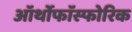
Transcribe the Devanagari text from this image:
ऑर्थोफाॅस्फोरिक